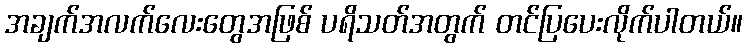
အချက်အလက်လေးတွေအဖြစ် ပရိသတ်အတွက် တင်ပြပေးလိုက်ပါတယ်။